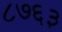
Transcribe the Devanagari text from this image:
८७६३